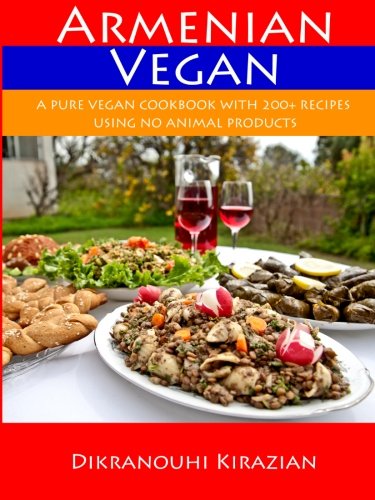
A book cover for Armenian Vegan: A Pure Vegan Cookbook With 200+ Recipes Using No Animal Products; Dikranouhi Kirazian; Cookbooks, Food & Wine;